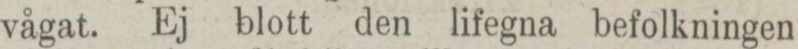
vågat. Ej blott den lifegna befolkningen